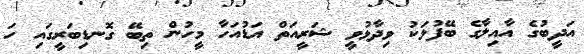
އަދީބުގެ އާއިލާގެ ބޭފުޅަކު ވިދާޅުވީ ޝަރީއަތް އަޑުއަހާ މީހުން ތިބޭ ގޮނޑިބަރީގައި ހަ